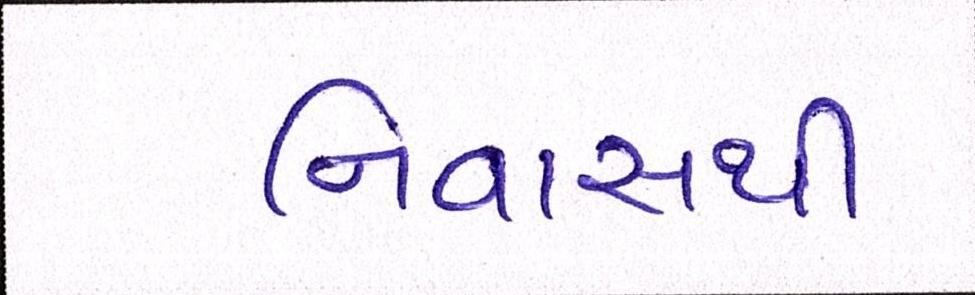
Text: નિવાસથી